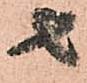
者